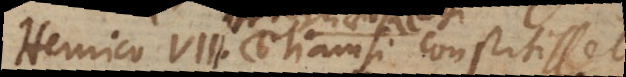
nrico VIII. etiamsi constitisset